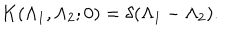
LaTeX: K ( \Lambda _ { 1 } , \Lambda _ { 2 } ; 0 ) = \delta ( \Lambda _ { 1 } - \Lambda _ { 2 } ) .